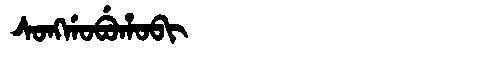
Manchu: ᠰᠣᠩᡤᠣᠪᡠᡥᠣᠪᡳ
Romanization: SONGGOBUHOBI